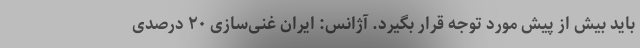
باید بیش از پیش مورد توجه قرار بگیرد. آژانس: ایران غنی‌سازی ۲۰ درصدی